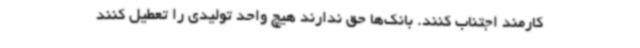
کارمند اجتناب کنند. بانک‌ها حق ندارند هیچ واحد تولیدی را تعطیل کنند